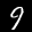
Label: 9